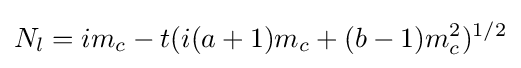
N_{l}=im_{c}-t(i(a+1)m_{c}+(b-1)m_{c}^{2})^{1/2}